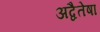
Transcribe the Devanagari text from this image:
अद्वैतेषा